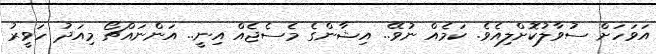
އަވަހަށް ސުވާލުކޮށްލިއެވެ. ކަމެއް ނުވޭ.. އިޝާންގެ މެސެޖެއް އިނީ.. އަންނައްޗޯ މިއަދު ހަވީރު